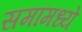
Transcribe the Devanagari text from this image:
समांमध्ये